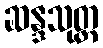
ဆန္ဒသုတ္တ